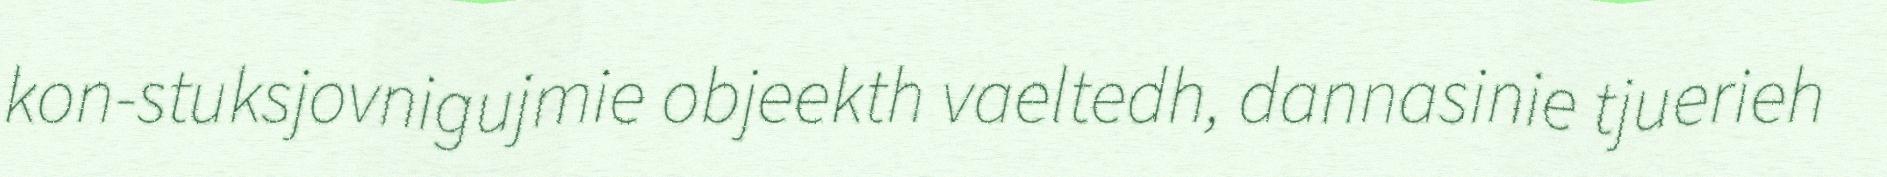
kon-stuksjovnigujmie objeekth vaeltedh, dannasinie tjuerieh